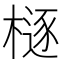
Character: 㯌